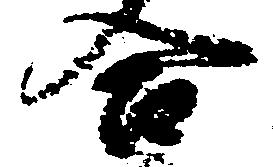
合